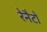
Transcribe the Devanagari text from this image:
रेनैटो